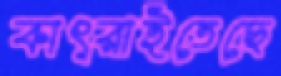
কাৎরাইতেছে